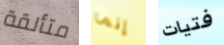
متألقة إنما فتيات